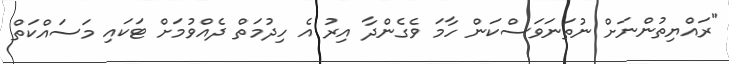
"ރައްޔިތުންނަށް ނުތަނަވަސްކަން ހާމަ ވެގެންދާ އިރު އެ ހިދުމަތް ދެއްވުމަށް ޓަކައި މަސައްކަތް